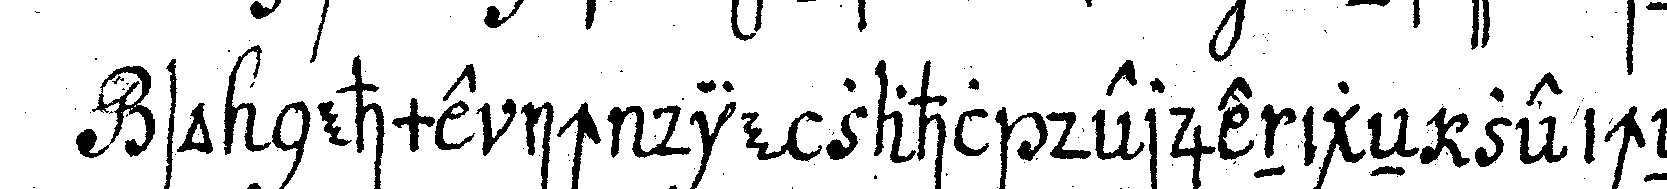
so nehme ich die zahl derjenigeN zeicheN